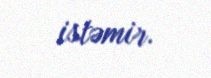
istəmir.